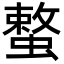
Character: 𮔳